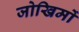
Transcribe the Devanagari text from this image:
जोखिमों